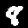
Label: 8